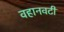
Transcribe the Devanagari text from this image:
वहानवटी